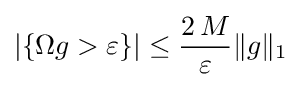
\left|\{\Omega g>\varepsilon \}\right|\leq {\frac {2\,M}{\varepsilon }}\|g\|_{1}